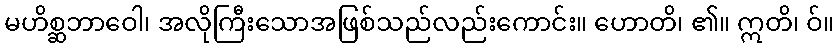
မဟိစ္ဆဘာဝေါ၊ အလိုကြီးသောအဖြစ်သည်လည်းကောင်း။ ဟောတိ၊ ၏။ ဣတိ၊ ဝ်။